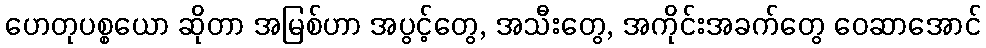
ဟေတုပစ္စယော ဆိုတာ အမြစ်ဟာ အပွင့်တွေ, အသီးတွေ, အကိုင်းအခက်တွေ ဝေဆာအောင်